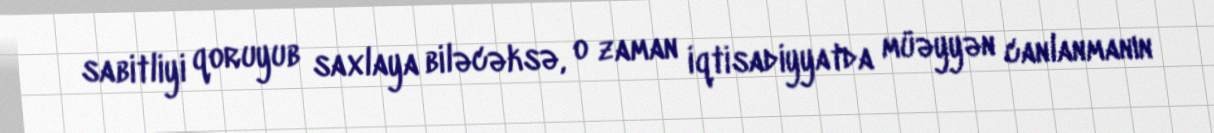
sabitliyi qoruyub saxlaya biləcəksə, o zaman iqtisadiyyatda müəyyən canlanmanın